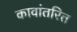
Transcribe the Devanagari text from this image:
कावांतरित